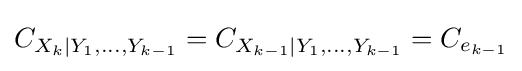
C_{X_{k}|Y_{1},\ldots ,Y_{k-1}}=C_{X_{k-1}|Y_{1},\ldots ,Y_{k-1}}=C_{e_{k-1}}